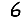
Digit: 6